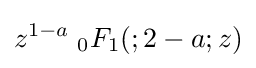
z^{1-a}\;{}_{0}F_{1}(;2-a;z)